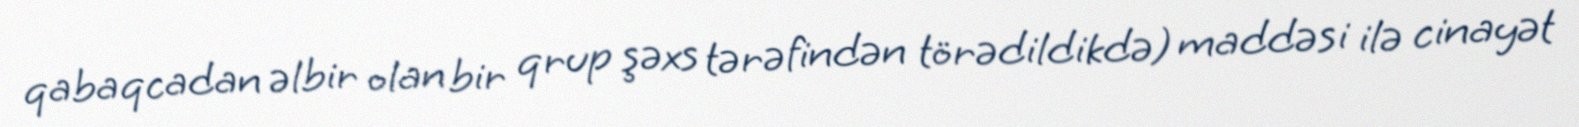
qabaqcadan əlbir olan bir qrup şəxs tərəfindən törədildikdə) maddəsi ilə cinayət